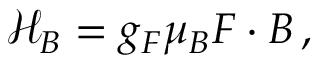
\begin{array} { r } { \mathcal { H } _ { B } = g _ { F } \mu _ { B } \boldsymbol { F } \cdot \boldsymbol { B } \, , } \end{array}